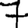
Digit: 7